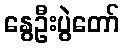
နွေဦးပွဲတော်